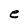
Character: e